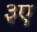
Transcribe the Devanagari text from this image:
३ए